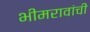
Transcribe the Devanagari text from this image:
भीमरावांची